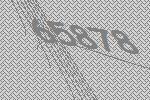
65878